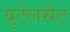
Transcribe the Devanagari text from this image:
युटेलसैट